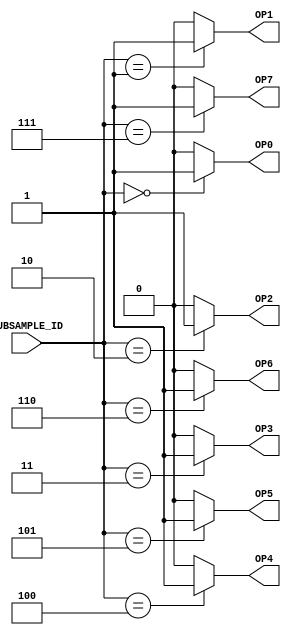
`timescale 1ns / 1ps
//////////////////////////////////////////////////////////////////////////////////
// Company: 
// Engineer: 
// 
// Design Name: 
// Module Name: CHANGE_SPEED
// Project Name: 
// Target Devices: 
// Tool Versions: 
// Description: 
// 
// Dependencies: 
// 
// Revision:
// Revision 0.01 - File Created
// Additional Comments:
// 
//////////////////////////////////////////////////////////////////////////////////


module CHANGE_SPEED(
    
    input [2:0] SUBSAMPLE_ID,
    
    output reg OP0,
    output reg OP1,
    output reg OP2,
    output reg OP3,
    output reg OP4,
    output reg OP5,
    output reg OP6,
    output reg OP7
    );
    
    always @ (SUBSAMPLE_ID) begin
        
        OP0 = 0;
        OP1 = 0;
        OP2 = 0;
        OP3 = 0;
        OP4 = 0;
        OP5 = 0;
        OP6 = 0;
        OP7 = 0;
        
        case(SUBSAMPLE_ID)
            0: OP0 <= 1;
            1: OP1 <= 1;
            2: OP2 <= 1;
            3: OP3 <= 1;
            4: OP4 <= 1;
            5: OP5 <= 1;
            6: OP6 <= 1;
            7: OP7 <= 1;
        endcase    
    end
    
endmodule